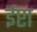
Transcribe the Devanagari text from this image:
ईप्टा